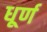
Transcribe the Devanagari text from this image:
धूर्ण